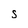
Character: S